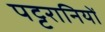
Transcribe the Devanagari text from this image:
पट्टरानियों